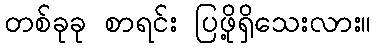
တစ်ခုခု စာရင်း ပြဖို့ရှိသေးလား။